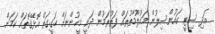
އަދި ސިޓީ ކައުންސިލުން މައުލޫމާތުތައް ފަތުރަމުން ދަނީ މީހުންނަށް ހަގީގަތް އޮޅޭގޮތައް ކަމަށް